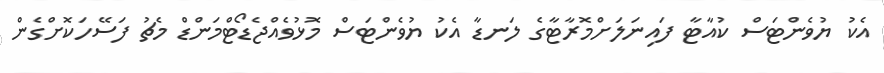
އެކު ޔުވެންޓަސް ކުއާޓާ ފައިނަލަށްމޮރާޓާގެ ލަނޑާ އެކު ޔުވެންޓަސް މޮޅުވެއްޖެޑޯޓްމަންޑް މެޗު ފަސޭހަކޮށްގެން